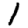
Digit: 1